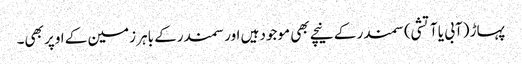
پہاڑ (آبی یا آتشی) سمندر کے نیچے بھی موجود ہیں اور سمندرکے باہر زمین کے اوپر بھی۔